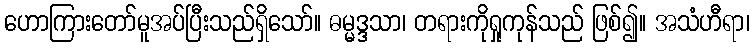
ဟောကြားတော်မူအပ်ပြီးသည်ရှိသော်။ ဓမ္မဒ္ဒသာ၊ တရားကိုရှုကုန်သည် ဖြစ်၍။ အသံဟီရာ၊